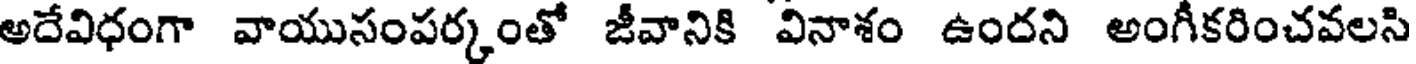
అదేవిధంగా వాయుసంపర్కంతో జీవానికి వినాశం ఉందని అంగీకరించవలసి